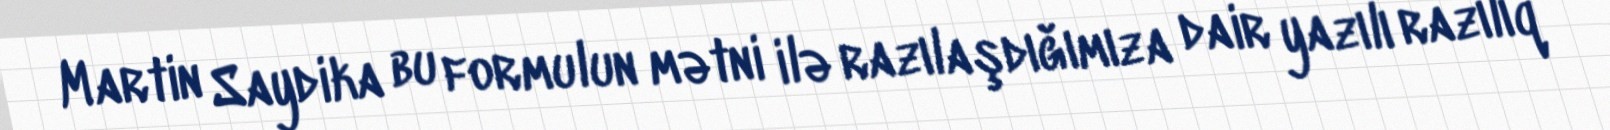
Martin Saydika bu formulun mətni ilə razılaşdığımıza dair yazılı razılıq